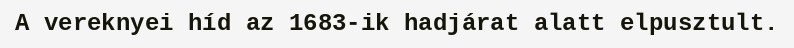
A vereknyei híd az 1683-ik hadjárat alatt elpusztult.